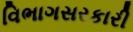
વિભાગસરકારી